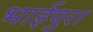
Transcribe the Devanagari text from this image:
भाईपुरा